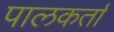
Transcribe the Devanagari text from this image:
पालकर्ता